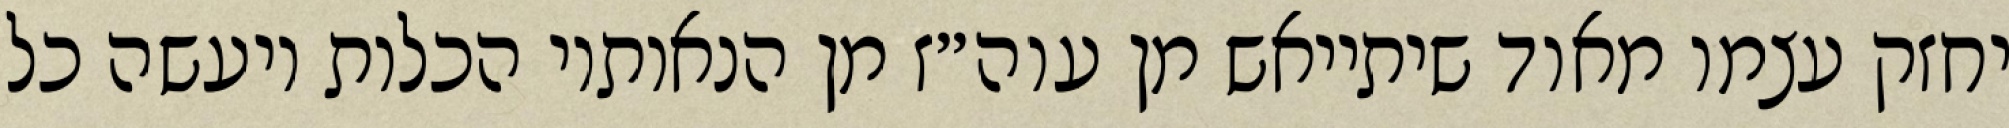
יחזק עצמו מאוד שיתייאש מן עוה״ז מן הנאותיו הכלות ויעשה כל